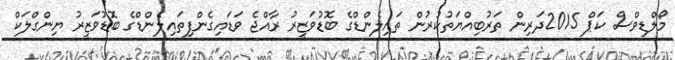
މޯލްޑިވްސް ކަޕް 2015ދަރިން ތަރުބިއްޔަތުކުރުން ތައިލެންޑްގެ ބޮޑުވަޒީރު ރާއްޖެ ވަޑައިގެންފިތައިލެންޑްގެ ބޮޑުވަޒީރު ޔިންގްލަކް